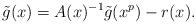
LaTeX: \begin{align*}\tilde g(x)=A(x)^{-1}\tilde g(x^p) - r(x).\end{align*}